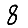
Digit: 8